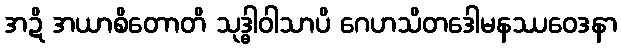
အဍိ အယာစိတောတိ သုဒ္ဓါဝါသာပိ ဂေဟသိတဒေါမနဿဝေဒနာ